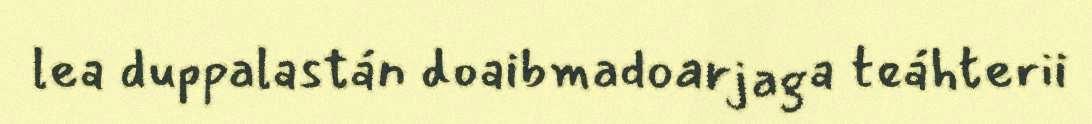
lea duppalastán doaibmadoarjaga teáhterii